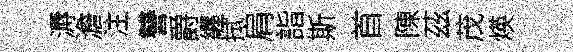
溽澹注讐爵纒拭肩詣斯首陳茲茂煐